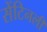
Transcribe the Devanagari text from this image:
सेंटिनली